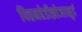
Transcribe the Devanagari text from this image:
पित्तनहेडीझोजाखुर्द